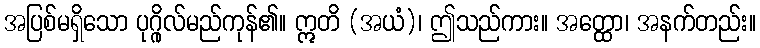
အပြစ်မရှိသော ပုဂ္ဂိုလ်မည်ကုန်၏။ ဣတိ (အယံ)၊ ဤသည်ကား။ အတ္ထော၊ အနက်တည်း။